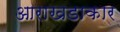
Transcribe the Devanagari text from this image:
आराखडाकार